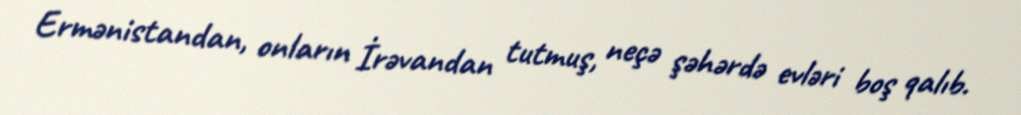
Ermənistandan, onların İrəvandan tutmuş, neçə şəhərdə evləri boş qalıb.